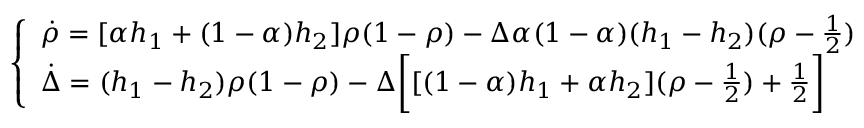
\left\{ \begin{array} { l l } { \dot { \rho } = [ \alpha h _ { 1 } + ( 1 - \alpha ) h _ { 2 } ] \rho ( 1 - \rho ) - \Delta \alpha ( 1 - \alpha ) ( h _ { 1 } - h _ { 2 } ) ( \rho - \frac { 1 } { 2 } ) } \\ { \dot { \Delta } = ( h _ { 1 } - h _ { 2 } ) \rho ( 1 - \rho ) - \Delta \bigg [ [ ( 1 - \alpha ) h _ { 1 } + \alpha h _ { 2 } ] ( \rho - \frac { 1 } { 2 } ) + \frac { 1 } { 2 } \bigg ] } \end{array} \right.